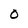
Character: 0